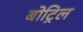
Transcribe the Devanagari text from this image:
बोट्रिल